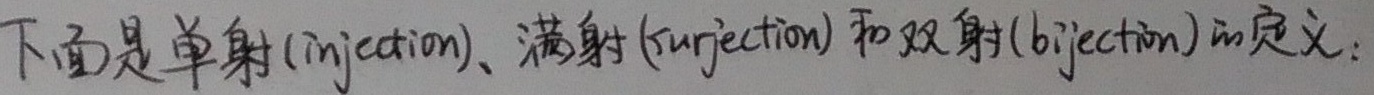
下面是单射（injection）、满射（surjection）和双射（bijection）的定义：